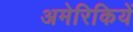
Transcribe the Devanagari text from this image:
अमेरिकियें